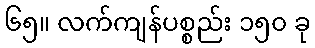
၆၅။ လက်ကျန်ပစ္စည်း ၁၅၀ ခု